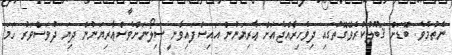
ނެތުމެވެ. ބޮޑަށް ޤަބޫލުކުރެވޭގޮތުގައި ދިވެހިރާއްޖެއަށް ޢާރިޔަނުން އައިސްފައިވާނީ ސިލޯނަށްވެސްޢާރިޔަނުން ދިޔަ ދުވަސްވަރު ހަމަ